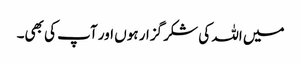
میں اللہ کی شکر گزار ہوں اور آپ کی بھی۔